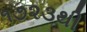
૧૭૨૩થી